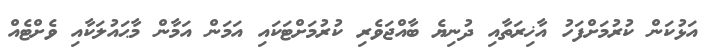
އަޅުކަން ކުރުމަށްފަހު އާޚިރަތާއި ދުނިޔެ ބާއްޖަވެރި ކުރުމަށްޓަކައި އަމަން އަމާން މާޙައުލަކާއި ވެށްޓެއް